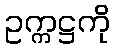
ဥက္ကဋ္ဌကို